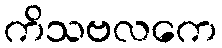
ကိသဗလကေ